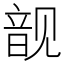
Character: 𲁘